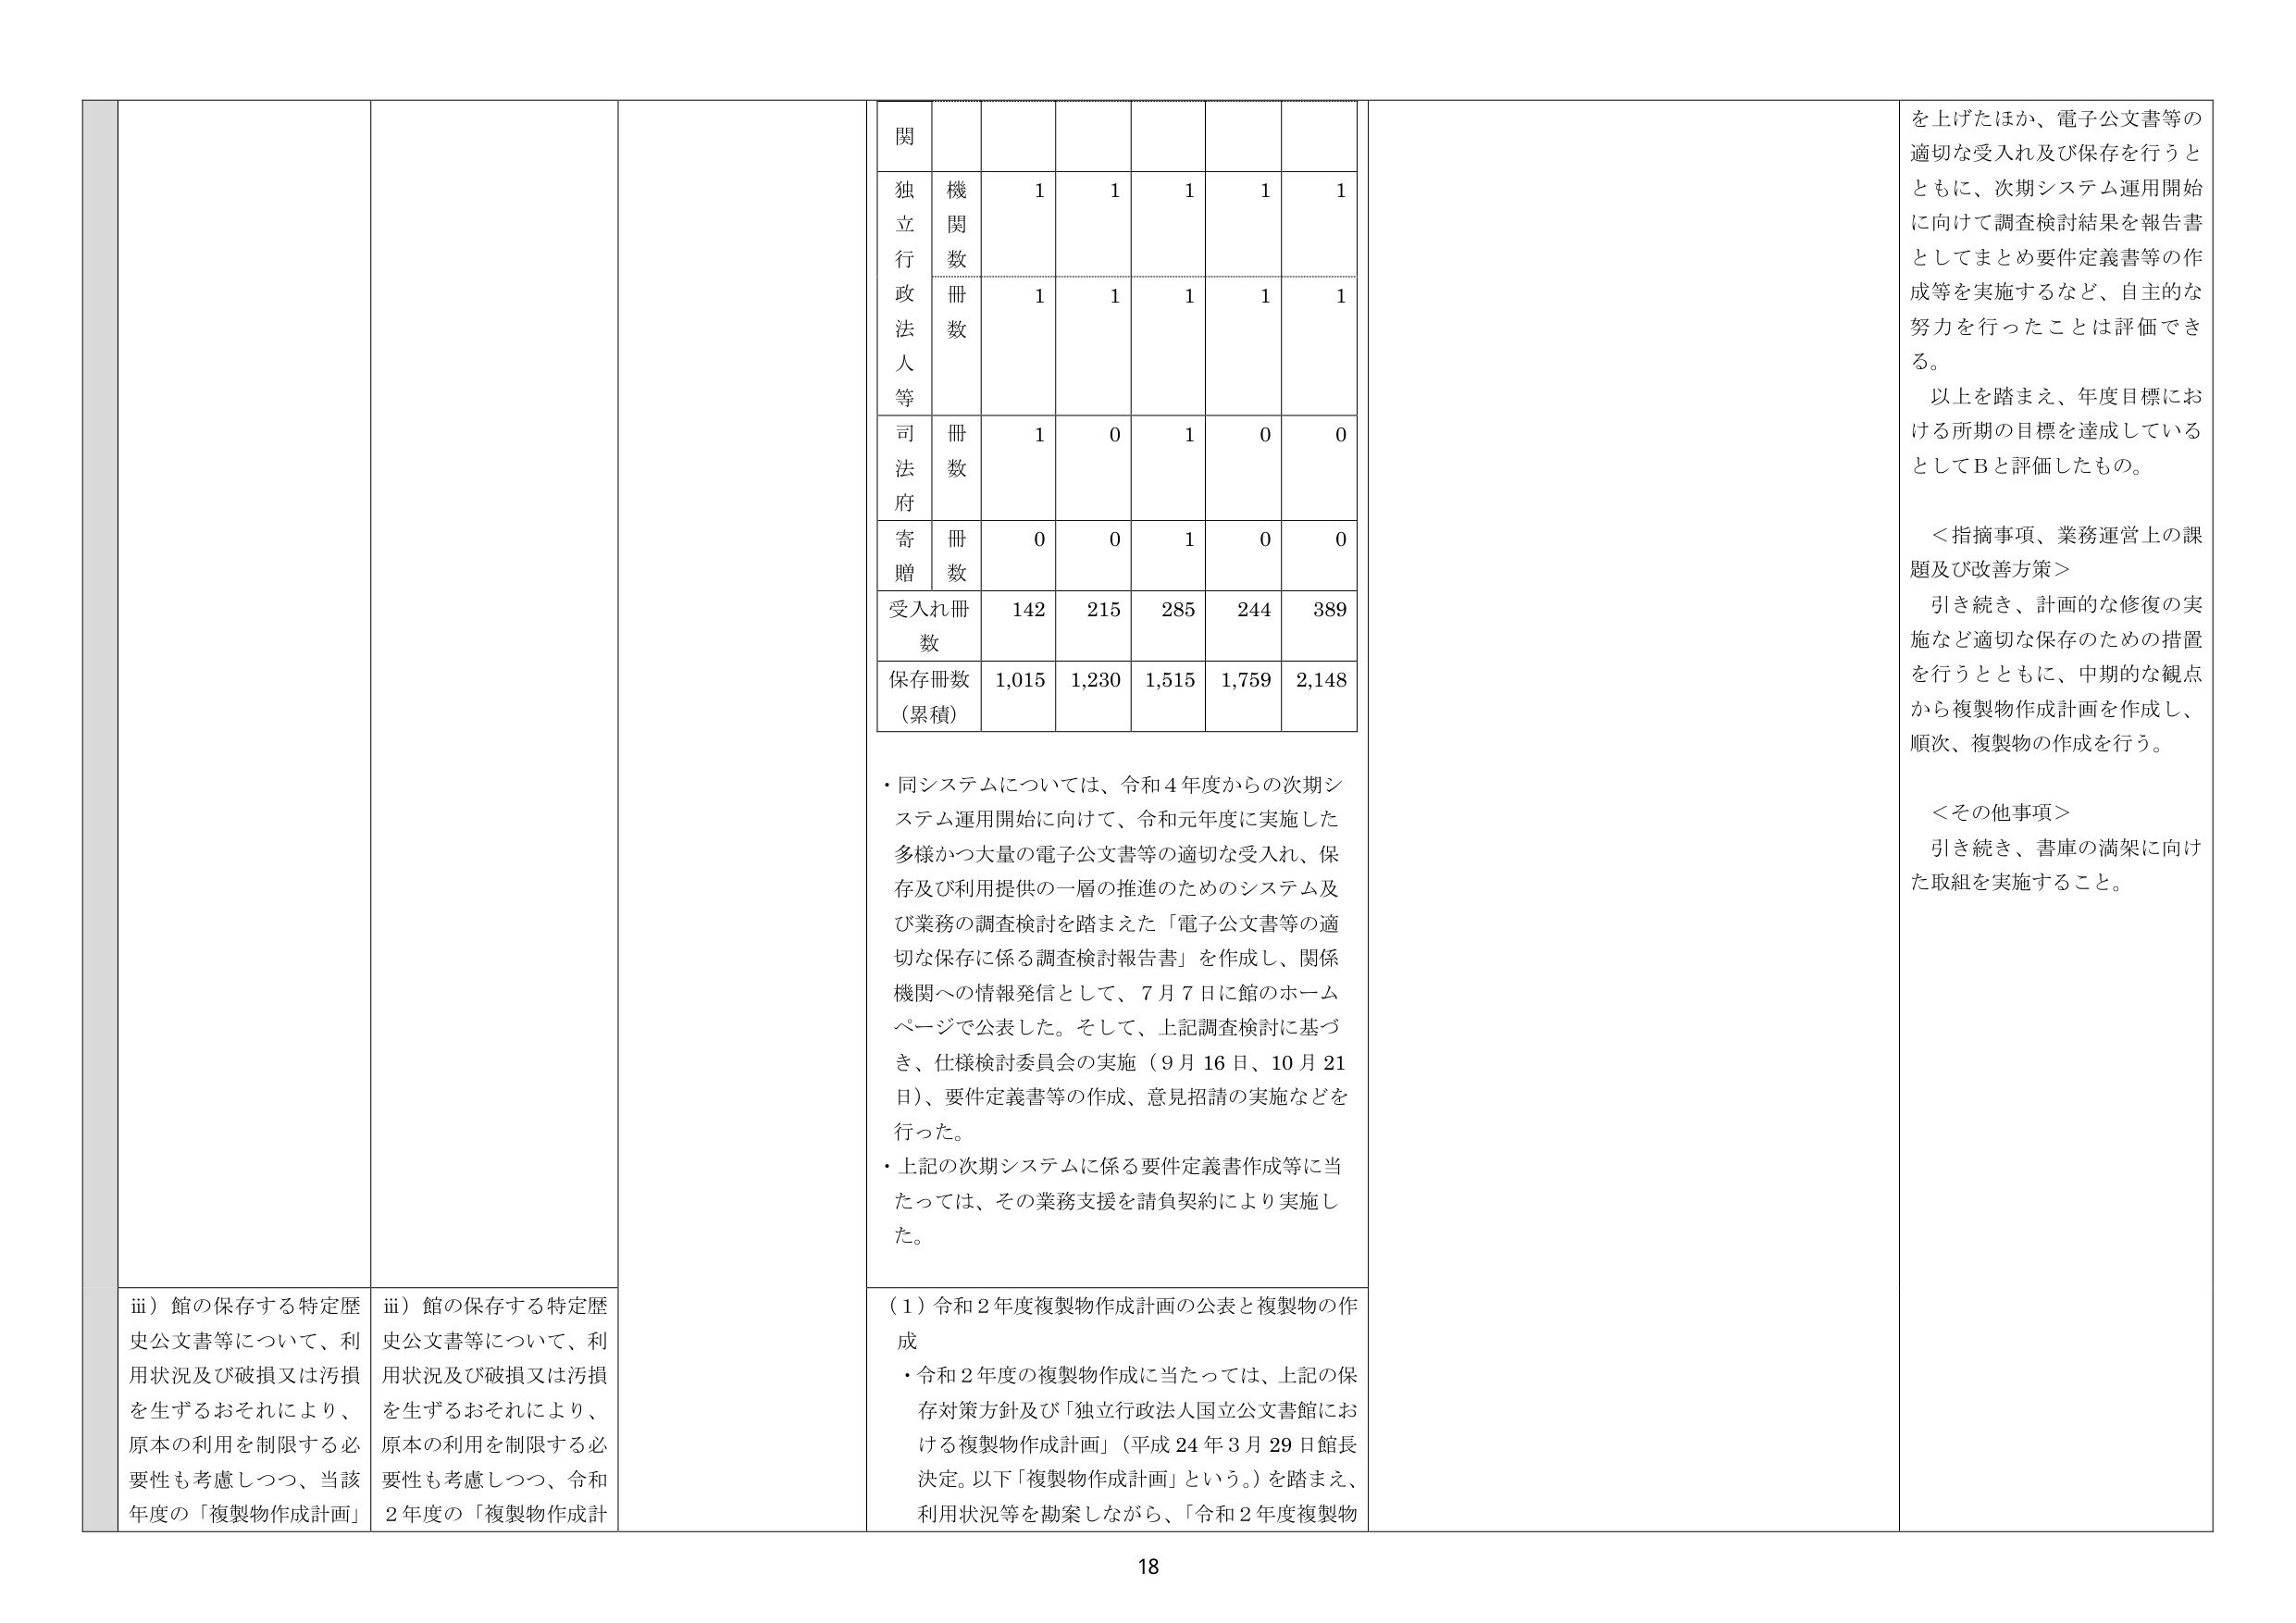
関
独立行政法人等
機関数 1 1 1 1 1
冊数 1 1 1 1 1
司法府
冊数 1 0 1 0 0
寄贈
冊数 0 0 1 0 0
受入れ冊数 142 215 285 244 389
保存冊数（累積） 1,015 1,230 1,515 1,759 2,148

・同システムについては、令和４年度からの次期システム運用開始に向けて、令和元年度に実施した多様かつ大量の電子公文書等の適切な受入れ、保存及び利用提供の一層の推進のためのシステム及び業務の調査検討を踏まえた「電子公文書等の適切な保存に係る調査検討報告書」を作成し、関係機関への情報発信として、７月７日に館のホームページで公表した。そして、上記調査検討に基づき、仕様検討委員会の実施（９月16日、10月21日）、要件定義書等の作成、意見招請の実施などを行った。
・上記の次期システムに係る要件定義書作成等に当たっては、その業務支援を請負契約により実施した。

を上げたほか、電子公文書等の適切な受入れ及び保存を行うとともに、次期システム運用開始に向けて調査検討結果を報告書としてまとめ要件定義書等の作成等を実施するなど、自主的な努力を行ったことは評価できる。
以上を踏まえ、年度目標における所期の目標を達成しているとしてＢと評価したもの。

＜指摘事項、業務運営上の課題及び改善方策＞
引き続き、計画的な修復の実施など適切な保存のための措置を行うとともに、中期的な観点から複製物作成計画を作成し、順次、複製物の作成を行う。

＜その他事項＞
引き続き、書庫の満架に向けた取組を実施すること。

ⅲ）館の保存する特定歴史公文書等について、利用状況及び破損又は汚損を生ずるおそれにより、原本の利用を制限する必要性も考慮しつつ、当該年度の「複製物作成計画」
ⅲ）館の保存する特定歴史公文書等について、利用状況及び破損又は汚損を生ずるおそれにより、原本の利用を制限する必要性も考慮しつつ、令和２年度の「複製物作成計

（１）令和２年度複製物作成計画の公表と複製物の作成
・令和２年度の複製物作成に当たっては、上記の保存対策方針及び「独立行政法人国立公文書館における複製物作成計画」（平成24年3月29日館長決定。以下「複製物作成計画」という。）を踏まえ、利用状況等を勘案しながら、「令和２年度複製物

18